Document type: Sale
Year: 1305
Scribe: Bernat de Vilarúbia
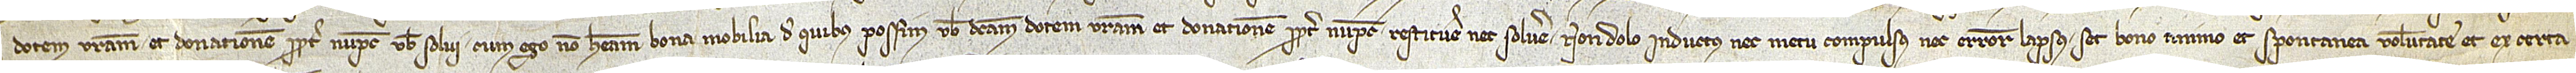
dotem vestram et donacionem propter nupcias vobis solvi. Cum ego non habeam bona mobilia de quibus possim vobis dictam dotem vestram et donationem propter nupcias restituere nec solvere, non dolo inductus nec metu compulsus nec errore lapsus, set bono animo et spontanea voluntate, et ex certa